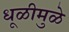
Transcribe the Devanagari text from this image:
धूळीमुळे